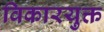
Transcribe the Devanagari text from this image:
विकारयुक्त